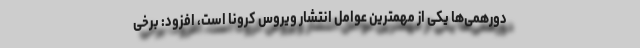
دورهمی‌ها یکی از مهمترین عوامل انتشار ویروس کرونا است، افزود: برخی